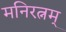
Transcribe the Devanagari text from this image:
मनिरत्नम्‌